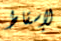
لإسقاط